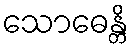
သောဓေန္တိ